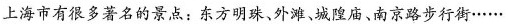
上海市有很多著名的景点：东方明珠、外滩、城隍庙、南京路步行街……